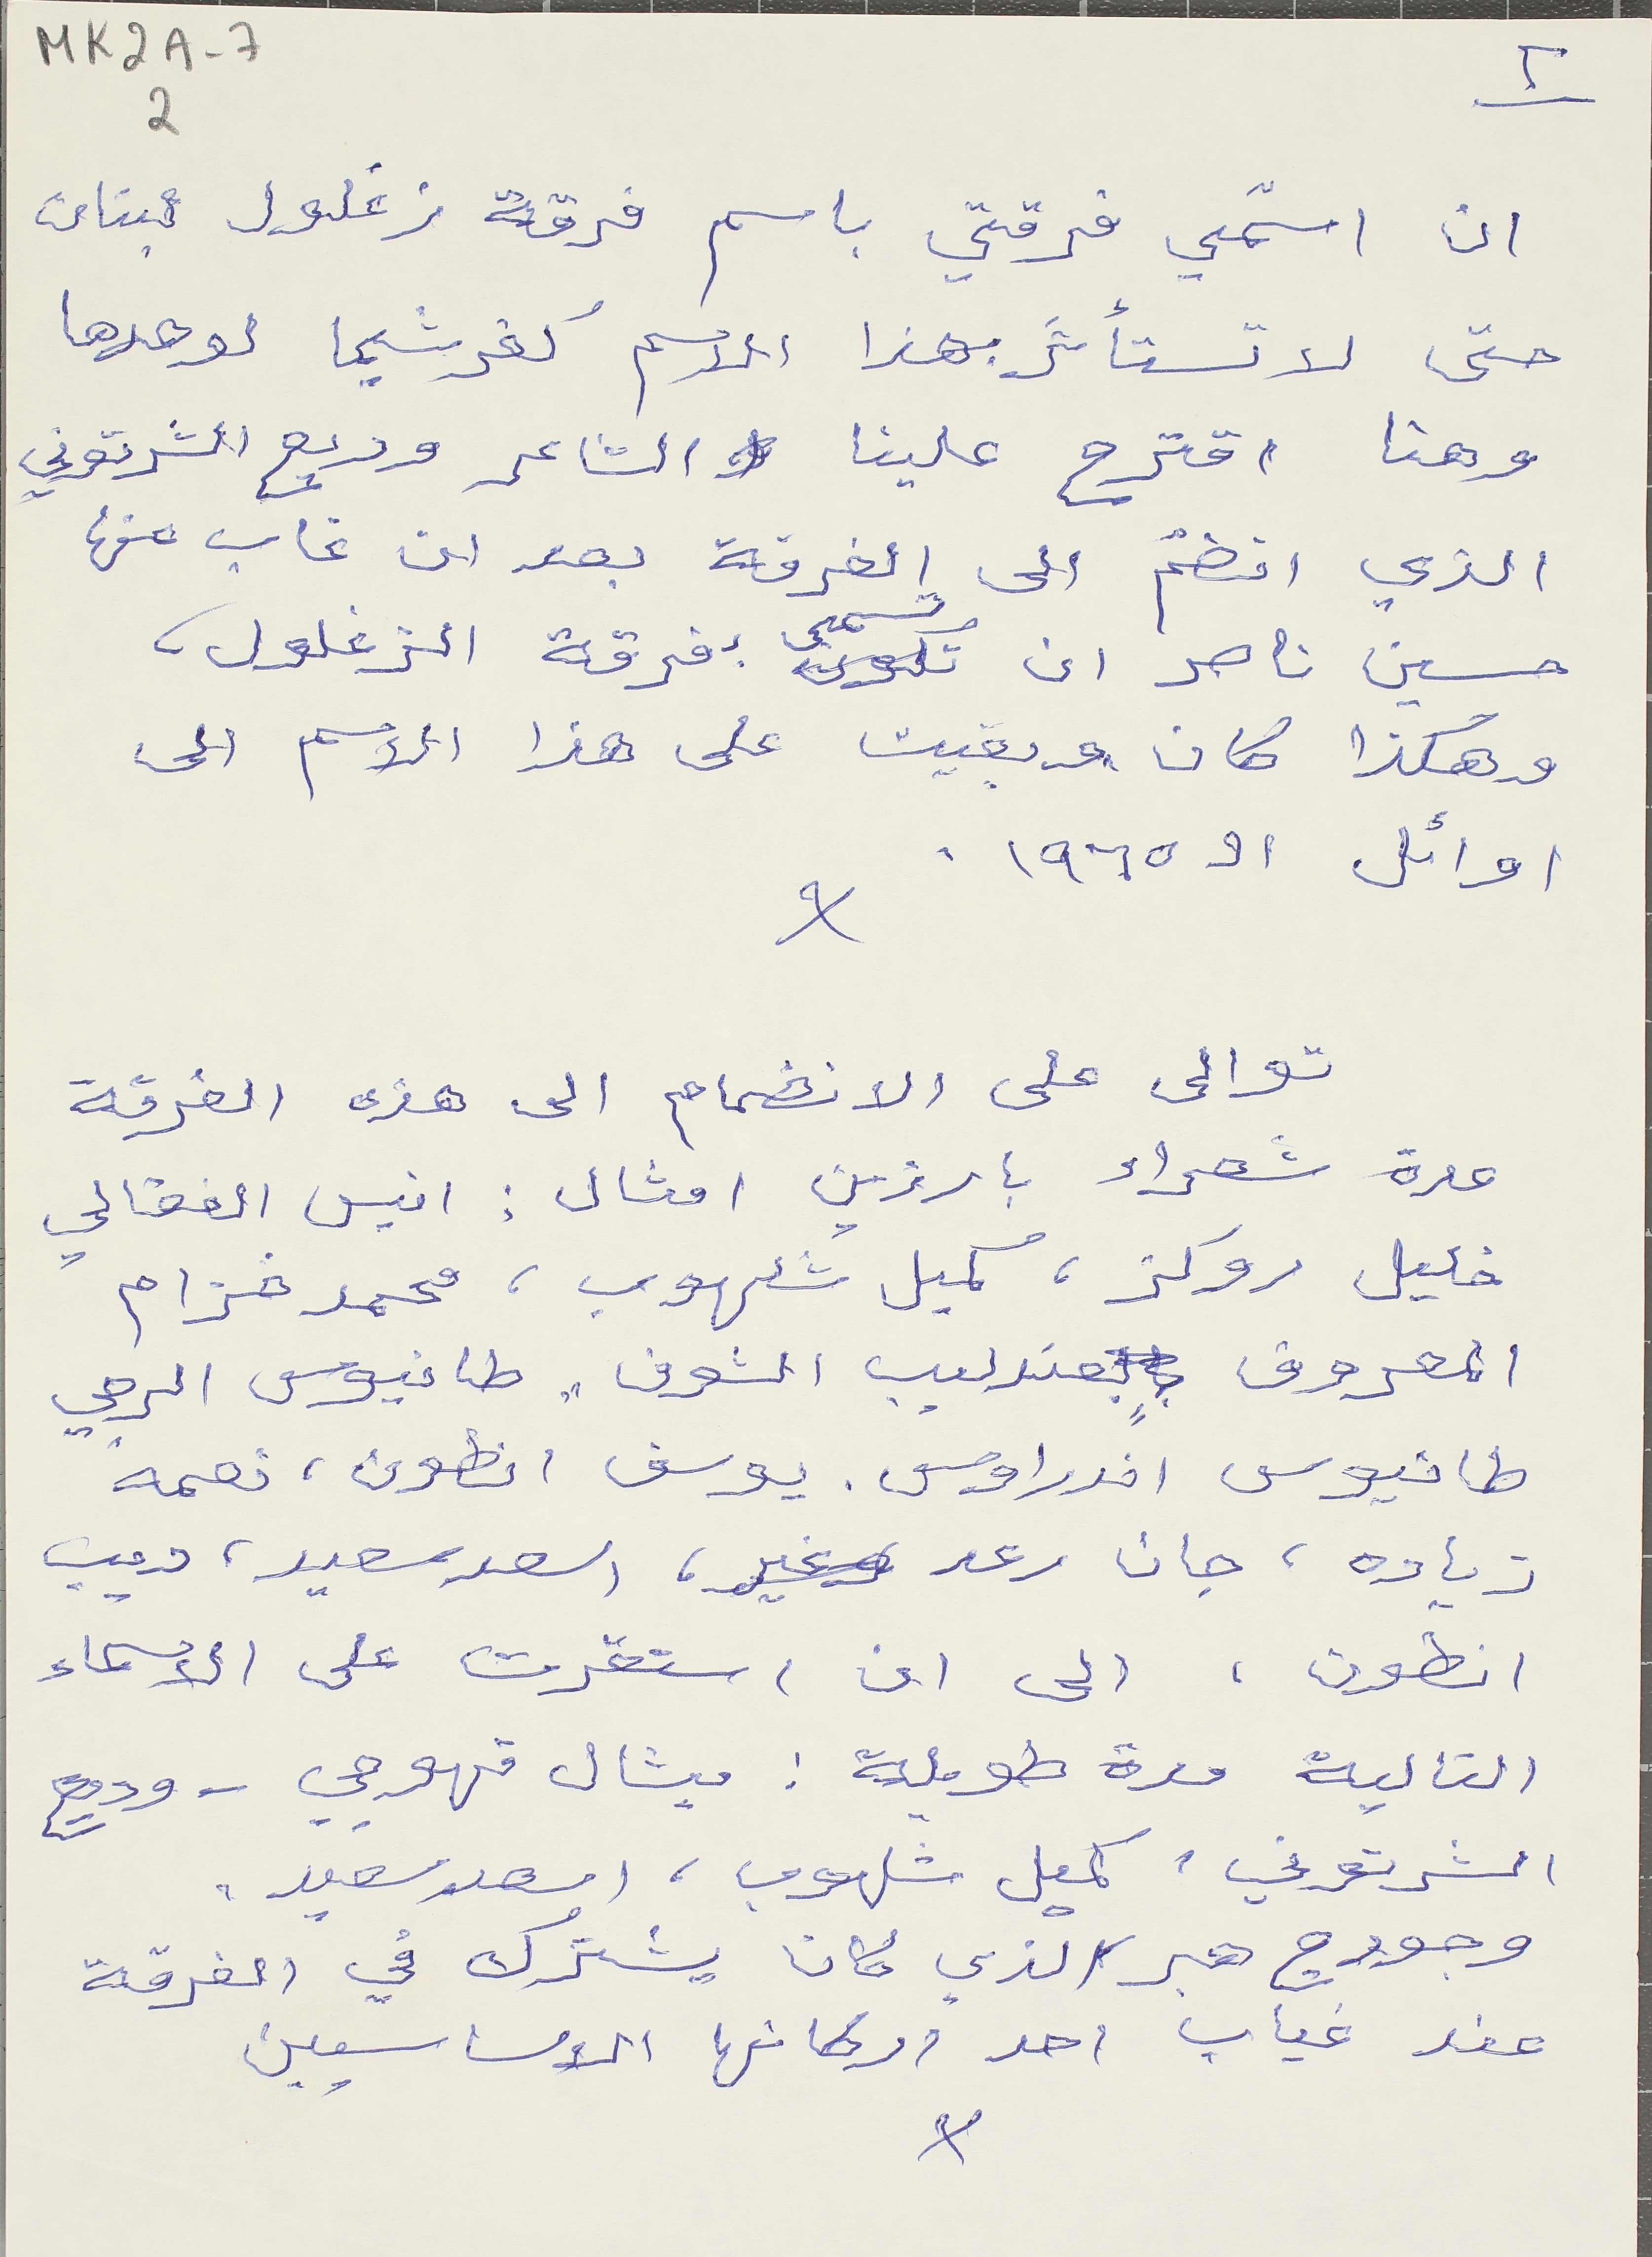
MK2A-7       2
ان اسمّي فرقتي باسم فرقة زغلول لبنان
حتى لا تستأثر بهذا الاسم كفرشيما لوحدها
وهنا اقترح علينا الشاعر وديع الشرتوني
الذي انضمّ الى الفرقة بعد ان غاب عنها
حسين ناصر ان تسمى بفرقة الزغلول،
وهكذا كان وبقيت على هذا الاسم الى
اوائل الـ ١٩٦٥-
توالى على الانضمام الى هذه الفرقة
عدة شعراء بارزين امثال: انيس الغغالي
خليل روكز، كميل شلهوب، محمد خزام
المعروف بعندليب الشوف" طانيوس الرجي
طانيوس اندراوس. يوسف انطون، نعمه
زياده، جان رعد، اسعد سعيد، ديب
انطون، الى ان استقرت على الاسماء
التالية مدة طويلة: ميشال قهوجي – وديع
الشرتوني، كميل شلهوب، اسعد سعيد،
وجورج هبر الذي كانا يشترك في الفرقة
عند غياب احد اركانها الاساسيين
٢